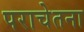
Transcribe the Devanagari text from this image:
पराचेतना